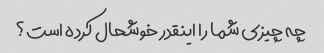
چه چیزی شما را اینقدر خوشحال کرده است؟